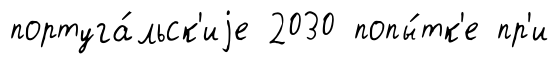
португа́льск'иjе 2030 попы́тк'е пр'и